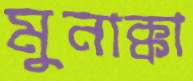
মুনাক্কা